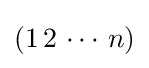
(1\,2\,\cdots \,n)